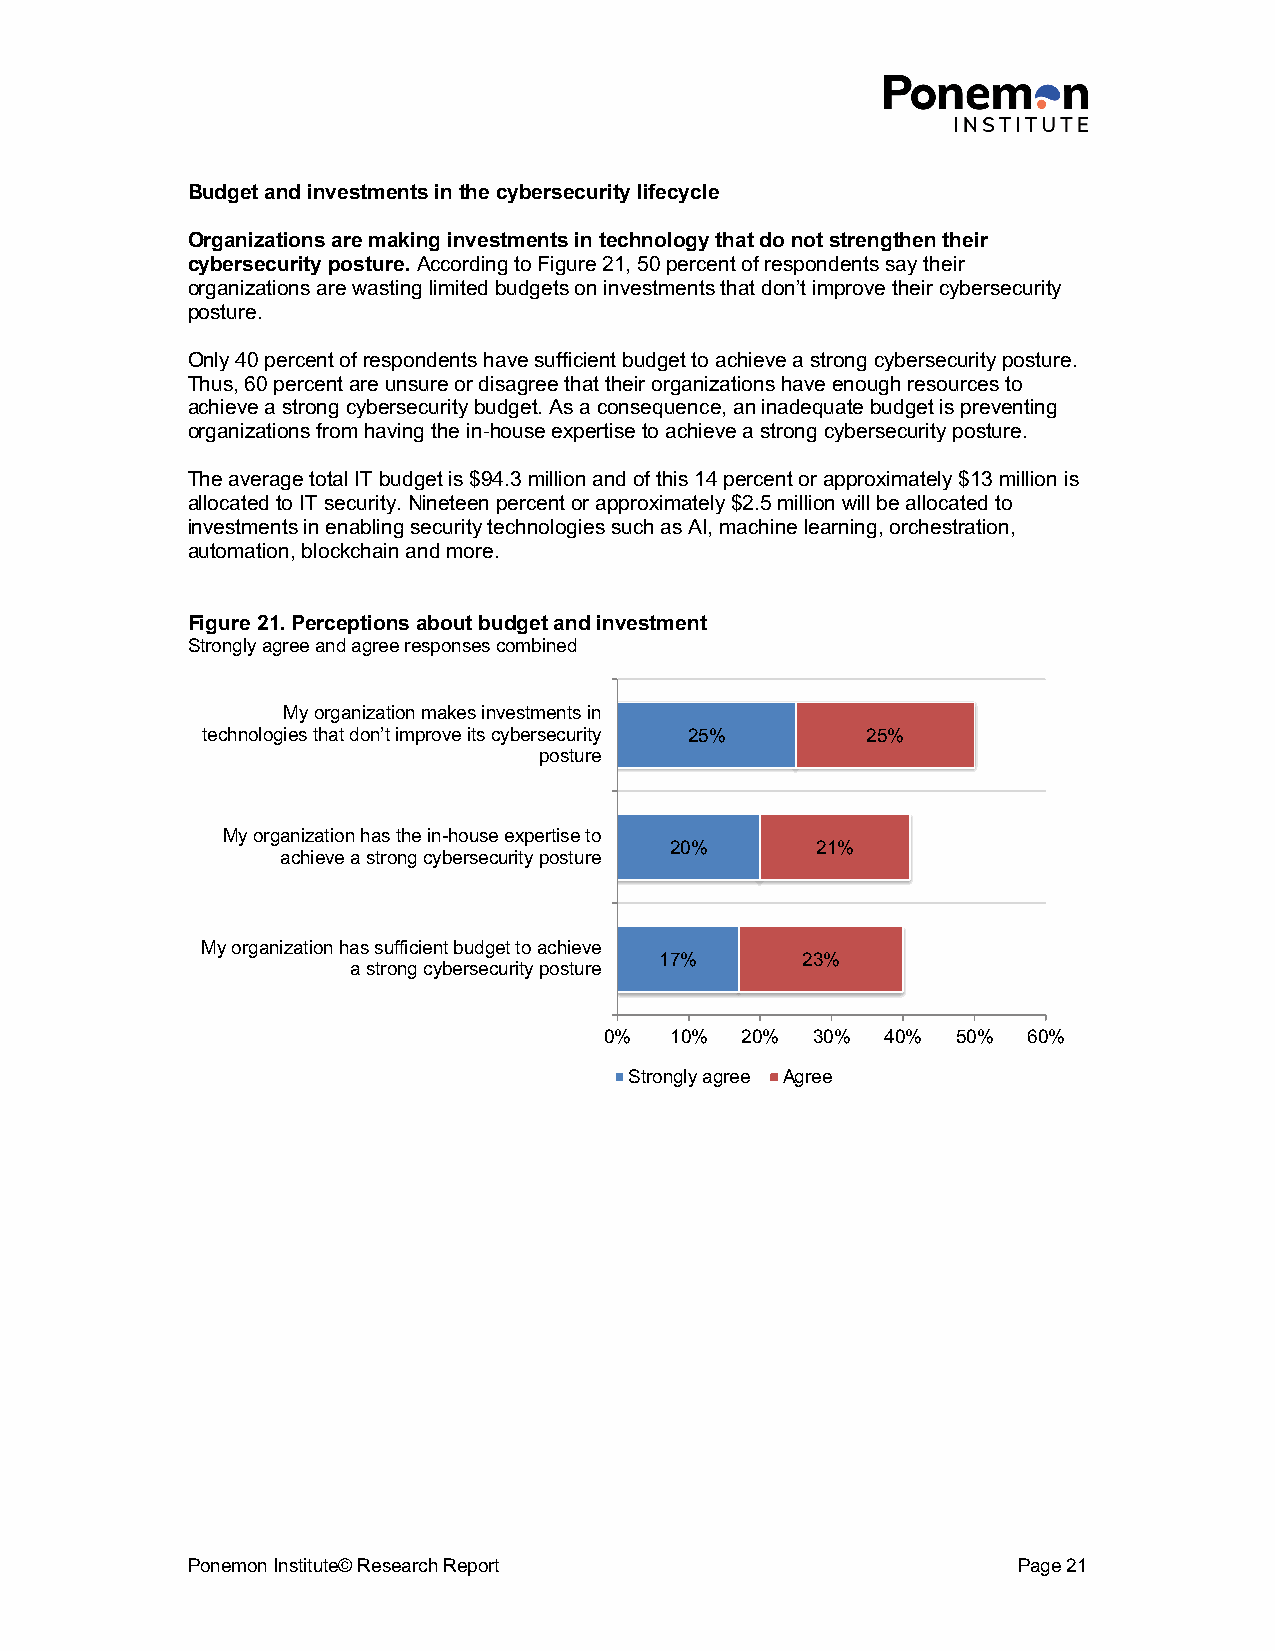
Budget and investments in the cybersecurity lifecycle
 Organizations are making investments in technology that do not strengthen their
 cybersecurity posture. According to Figure 21, 50 percent of respondents say their
 organizations are wasting limited budgets on investments that don’t improve their cybersecurity
 posture.
 Only 40 percent of respondents have sufficient budget to achieve a strong cybersecurity posture.
 Thus, 60 percent are unsure or disagree that their organizations have enough resources to
 achieve a strong cybersecurity budget. As a consequence, an inadequate budget is preventing
 organizations from having the in-house expertise to achieve a strong cybersecurity posture.
 The average total IT budget is $94.3 million and of this 14 percent or approximately $13 million is
 allocated to IT security. Nineteen percent or approximately $2.5 million will be allocated to
 investments in enabling security technologies such as AI, machine learning, orchestration,
 automation, blockchain and more.
 Figure 21. Perceptions about budget and investment
 Strongly agree and agree responses combined
 My organization makes investments in
 technologies that don’t improve its cybersecurity 25% 25%
 posture
 My organization has the in-house expertise to
 20%       21%
 achieve a strong cybersecurity posture
 My organization has sufficient budget to achieve
 17%      23%
 a strong cybersecurity posture
 0%  10%  20%  30%  40% 50%  60%
 Strongly agree Agree
 Ponemon Institute© Research Report                     Page 21